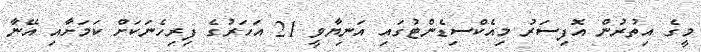
މީގެ އިތުރުން އޮފިސަރު މިއެކްސިޑެންޓުގައި އަނިޔާވީ 21 އަހަރުގެ ފިރިހެނަކަށް ކަމަށާއި އޭނާ